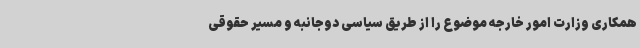
همکاری وزارت امور خارجه موضوع را از طریق سیاسی دوجانبه و مسیر حقوقی